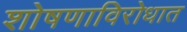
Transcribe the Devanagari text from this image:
शोषणाविरोधात